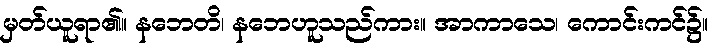
မှတ်ယူရာ၏။ နဘေတိ၊ နဘေဟူသည်ကား။ အာကာသေ၊ ကောင်းကင်၌။